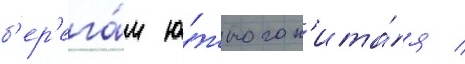
б'ер'ега́м ю́жного к'ита́я /